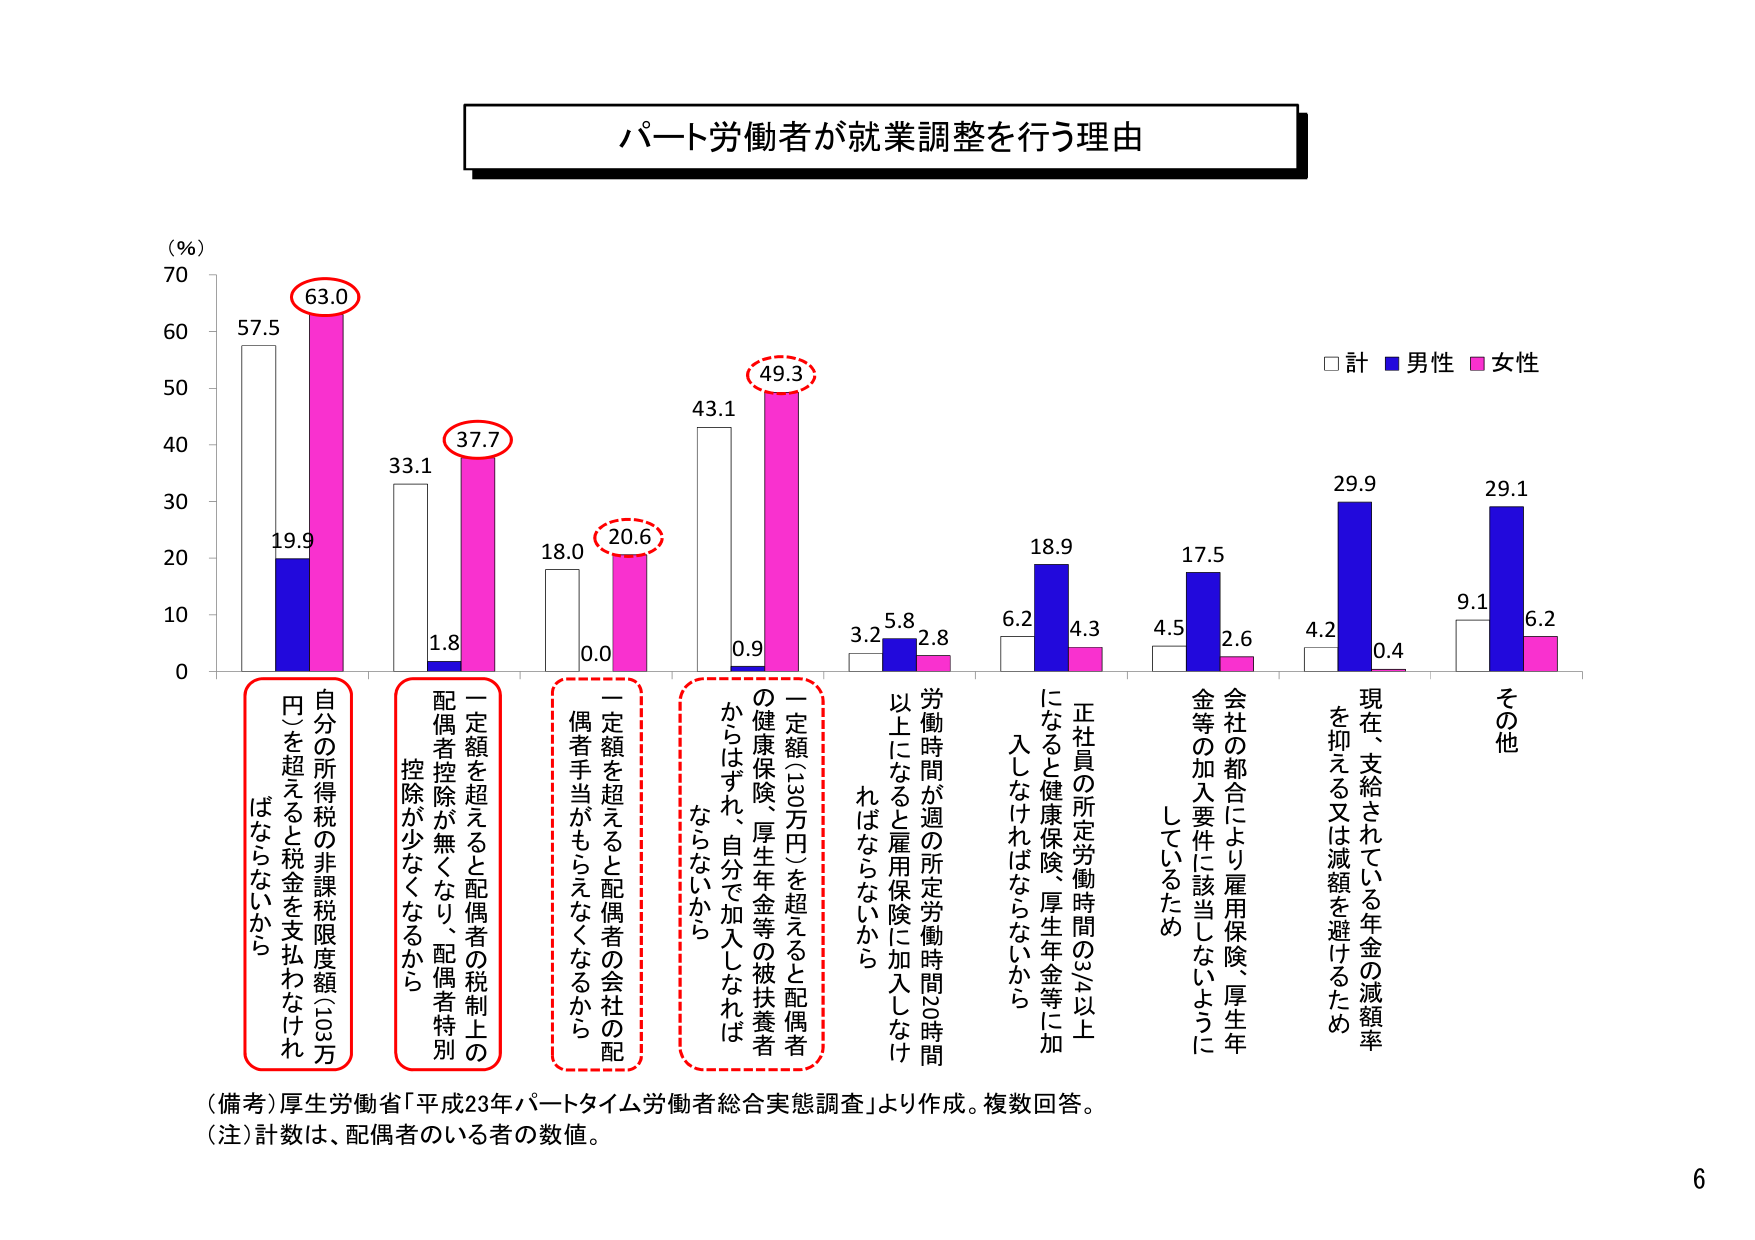
パート労働者が就業調整を行う理由

(%)
70
60
50
40
30
20
10
0

□ 計 ■ 男性 ■ 女性

57.5
19.9
63.0

33.1
1.8
37.7

18.0
0.0
20.6

43.1
0.9
49.3

3.2
5.8
2.8

6.2
18.9
4.3

4.5
17.5
2.6

4.2
29.9
0.4

9.1
29.1
6.2

自分の所得税の非課税限度額（103万円）を超えると税金を支払わなければならないうから

一定額を超えると配偶者の税制上の配偶者控除が無くなり、配偶者特別控除が少なくなるから

一定額を超えると配偶者の会社の配偶者手当がもらえなくなるから

一定額（130万円）を超えると配偶者の健康保険、厚生年金等の被扶養者からはずれ、自分で加入しなければならないから

労働時間が週の所定労働時間の時間以上になると雇用保険に加入しなければならないから

正社員の所定労働時間の3/4以上になると健康保険、厚生年金等に加入しなければならないから

会社の都合により雇用保険、厚生年金等の加入要件に該当しないようにしているため

現在、支給されている年金の減額率を抑える又は減額を避けるため

その他

（備考）厚生労働省「平成23年パートタイム労働者総合実態調査」より作成。複数回答。
（注）計数は、配偶者のいる者の数値。

6